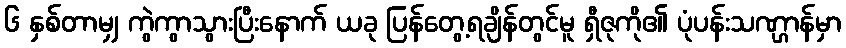
၆ နှစ်တာမျှ ကွဲကွာသွားပြီးနောက် ယခု ပြန်တွေ့ရချိန်တွင်မူ ရှီဇုကို၏ ပုံပန်းသဏ္ဌာန်မှာ